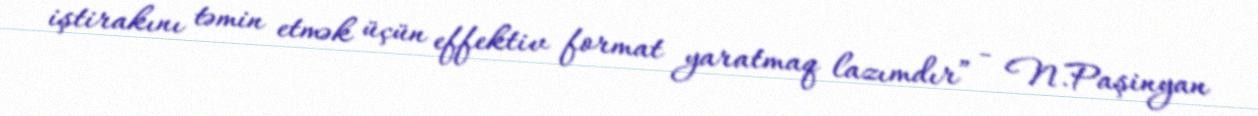
iştirakını təmin etmək üçün effektiv format yaratmaq lazımdır” - N.Paşinyan